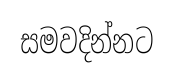
සමවදින්නට